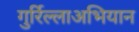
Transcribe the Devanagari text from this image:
गुर्रिल्लाअभियान